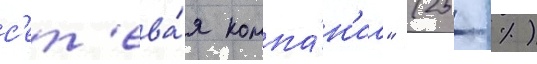
с'ет'ева́я компа́н'иа" (25 %)